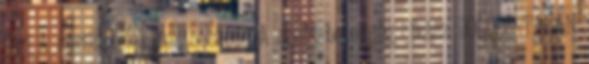
férj A sérült lélek testbeszéde A szent betegség frász BOLDOG-TALAN